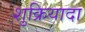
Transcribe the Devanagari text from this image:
शुक्रियादा